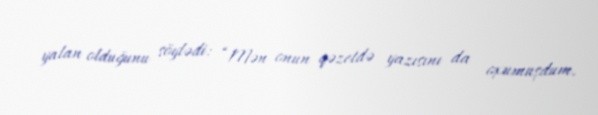
yalan olduğunu söylədi: “Mən onun qəzetdə yazısını da oxumuşdum.